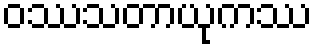
ဝဿသတာယုကဿ